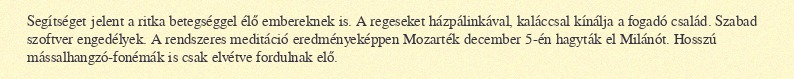
Segítséget jelent a ritka betegséggel élő embereknek is. A regeseket házpálinkával, kaláccsal kínálja a fogadó család. Szabad szoftver engedélyek. A rendszeres meditáció eredményeképpen Mozarték december 5-én hagyták el Milánót. Hosszú mássalhangzó-fonémák is csak elvétve fordulnak elő.